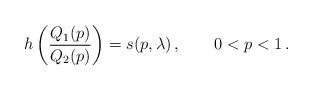
LaTeX: \begin{align*}h\left( \frac{Q_1(p)}{Q_2(p)} \right)=s(p,\lambda)\,,\qquad0<p<1\,.\end{align*}